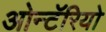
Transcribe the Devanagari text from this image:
ओन्टॅरियो